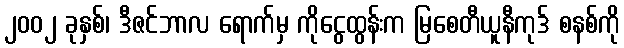
၂၀၀၂ ခုနှစ်၊ ဒီဇင်ဘာလ ရောက်မှ ကိုငွေထွန်းက မြစေတီယူနီကုဒ် စနစ်ကို